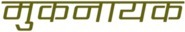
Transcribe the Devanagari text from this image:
मुकनायक